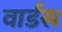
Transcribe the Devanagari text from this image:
वार्डस